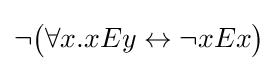
\neg {\big (}\forall x.xEy\leftrightarrow \neg xEx{\big )}